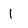
Character: l